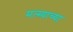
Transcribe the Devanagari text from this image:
मत्स्याच्या